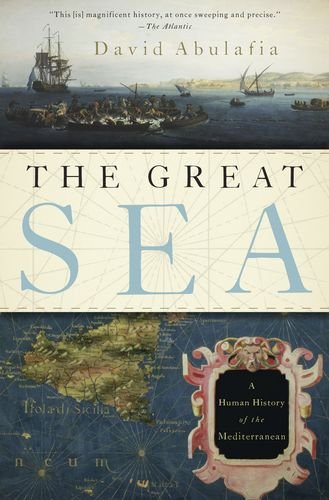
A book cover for The Great Sea: A Human History of the Mediterranean; David Abulafia; Science & Math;